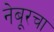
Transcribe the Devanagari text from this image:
नेबूरचा